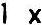
1 X